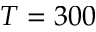
T = 3 0 0